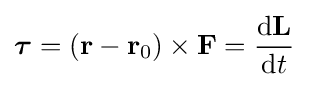
{\boldsymbol {\tau }}=\left(\mathbf {r} -\mathbf {r} _{0}\right)\times \mathbf {F} ={\frac {\mathrm {d} \mathbf {L} }{\mathrm {d} t}}